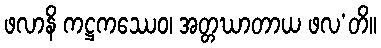
ဖလာနိ ကဋ္ဌကဿေဝ၊ အတ္တဃာတာယ ဖလ’တိ။